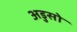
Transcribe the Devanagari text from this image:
अडुसो